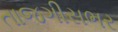
તાજગીસભર